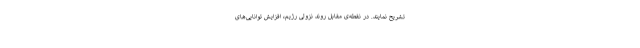
تشریح نمایند. در نقطه‌ی مقابلِ روند نزولی رژیم، افزایش توانایی‌های